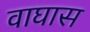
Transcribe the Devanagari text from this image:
वाघास